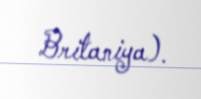
Britaniya).